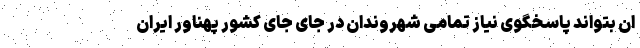
ان بتواند پاسخگوی نیاز تمامی شهروندان در جای جای کشور پهناور ایران